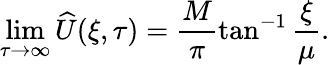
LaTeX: \operatorname*{lim}_{\tau\to\infty}\widehat{U}(\xi,\tau)=\frac{M}{\pi}\tan^{-1}\frac{\xi}{\mu}.